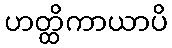
ဟတ္ထိကာယာပိ